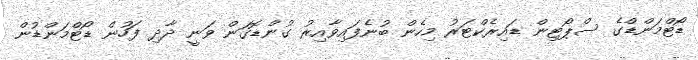
ޑޯޓްމަންޑްގެ ސްޕޯޓިން ޑައިރެކްޓަރު މިހެން ބުނެފައިވާއިރު ގުންޑޮގަން ވަނީ ދާދި ފަހުން ޑޯޓްމަންޑުން